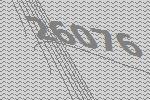
26076